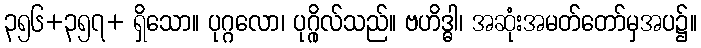
၃၅၆+၃၅၇+ ရှိသော။ ပုဂ္ဂလော၊ ပုဂ္ဂိုလ်သည်။ ဗဟိဒ္ဓါ၊ အဆုံးအမတ်တော်မှအပ၌။